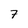
Character: 7